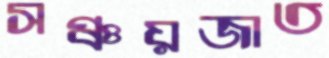
সঞ্চয়জাত